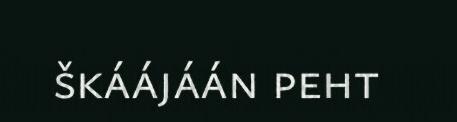
škáájáán peht